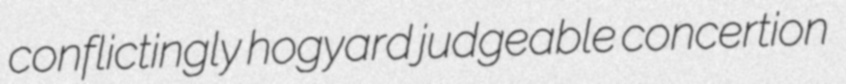
conflictingly hogyard judgeable concertion